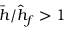
\bar { h } / \hat { h } _ { f } > 1